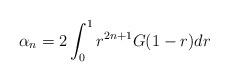
LaTeX: \begin{align*} \alpha_n = 2 \int_0^1 r^{2n+1} G(1-r) dr\end{align*}